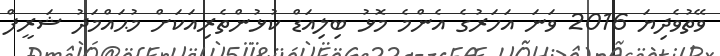
ވޭތުވެދިޔަ 2016 ވަނަ އަހަރުގެ އެންމެ މޮޅު ބިލިއަޑް ކުޅުންތެރިއަކަށް މުޙައްމަދު ޝަރީފް